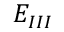
E _ { I I I }